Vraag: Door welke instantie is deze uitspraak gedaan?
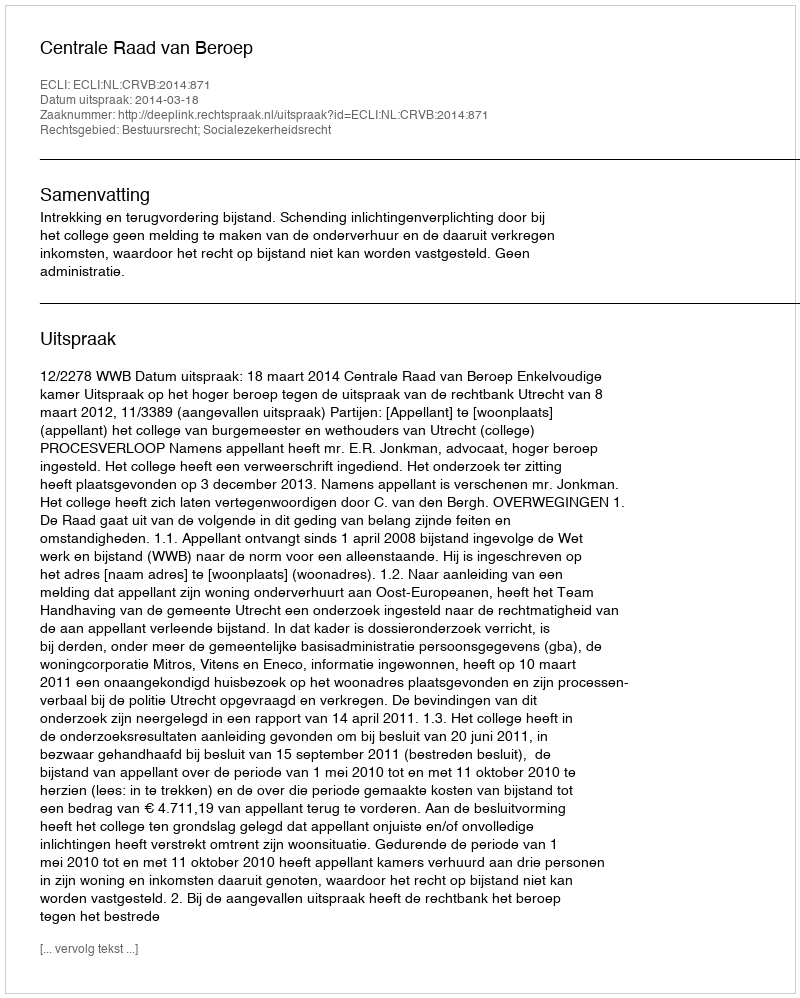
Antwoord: Centrale Raad van Beroep